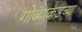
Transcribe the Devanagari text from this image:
गोव्याकडच्या